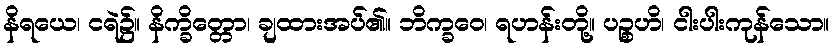
နိရယေ၊ ငရဲ၌။ နိက္ခိတ္တော၊ ချထားအပ်၏။ ဘိက္ခဝေ၊ ရဟန်းတို့။ ပဉ္စဟိ၊ ငါးပါးကုန်သော။